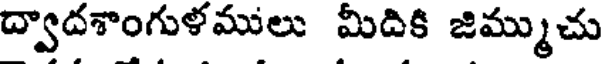
ద్వాదశాంగుళములు మీదికి జిమ్ముచు